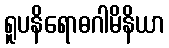
ရူပနိရောဓဂါမိနိယာ